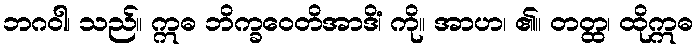
ဘဂဝါ၊ သည်။ ဣဓ ဘိက္ခဝေတိအာဒိံ၊ ကို။ အာဟ၊ ၏။ တတ္ထ၊ ထိုဣဓ